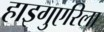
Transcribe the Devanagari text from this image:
हाइगुएरिला